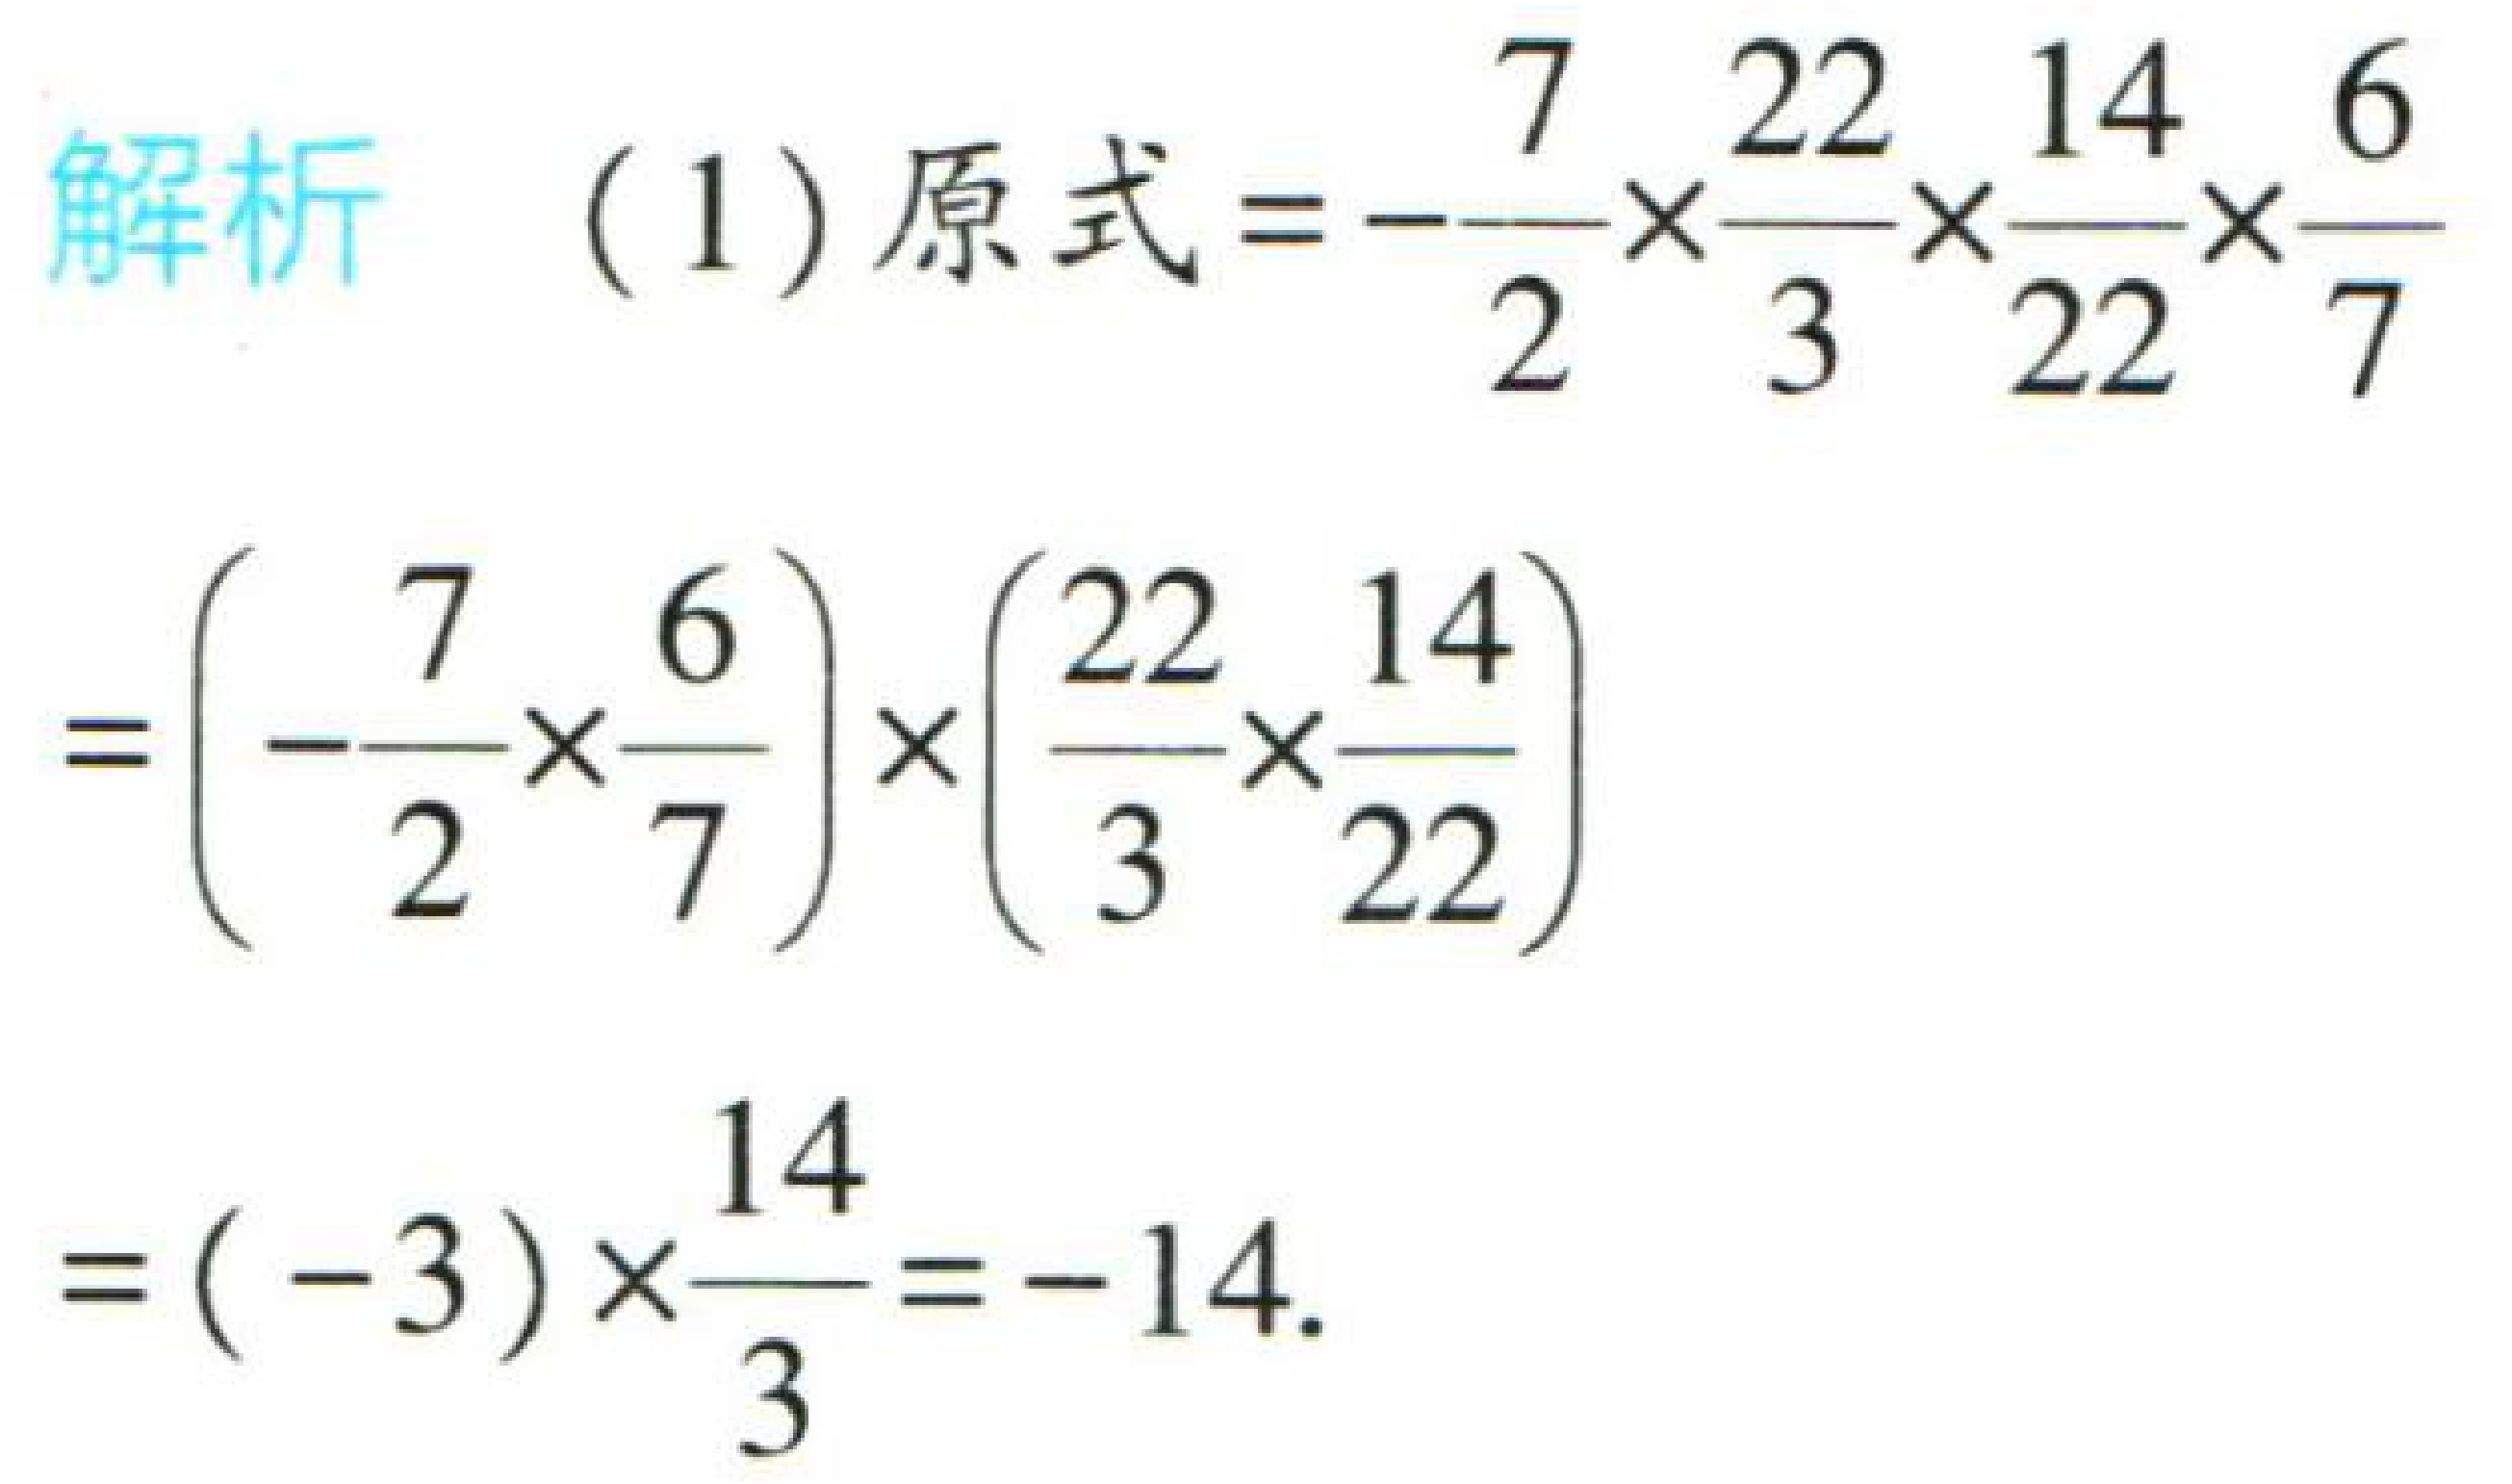
```
解析  (1) 原式$=-\frac{7}{2}\times\frac{22}{3}\times\frac{14}{22}\times\frac{6}{7}$
$=\left(-\frac{7}{2}\times\frac{6}{7}\right)\times\left(\frac{22}{3}\times\frac{14}{22}\right)$
$=(-3)\times\frac{14}{3}=-14.$
```